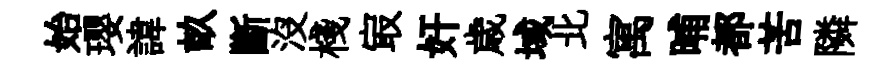
始瓔諱畝斷沒棧㝡奸歳域北寓晡都苦隣